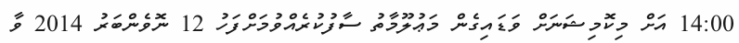
14:00 އަށް މިކޮމިޝަނަށް ވަޑައިގެން މަޢުލޫމާތު ސާފުކުރެއްވުމަށްފަހު 12 ނޮވެންބަރު 2014 ވާ